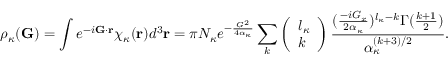
\rho _ { \kappa } ( \mathbf { G } ) = \int e ^ { - i \mathbf { G } \cdot \mathbf { r } } \chi _ { \kappa } ( \mathbf { r } ) d ^ { 3 } \mathbf { r } = \pi N _ { \kappa } e ^ { - \frac { G ^ { 2 } } { 4 \alpha _ { \kappa } } } \sum _ { k } \left( \begin{array} { l } { l _ { \kappa } } \\ { k } \end{array} \right) \frac { ( \frac { - i G _ { x } } { 2 \alpha _ { \kappa } } ) ^ { l _ { \kappa } - k } \Gamma ( \frac { k + 1 } { 2 } ) } { \alpha _ { \kappa } ^ { ( k + 3 ) / 2 } } .